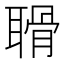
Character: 𦖼